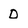
Character: D